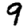
Digit: 9